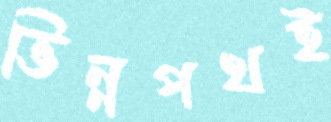
ভিন্নপথই